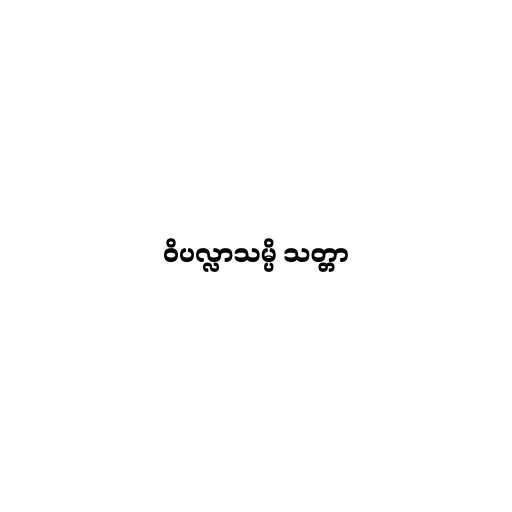
ဝိပလ္လာသမ္ပိ သတ္တာ